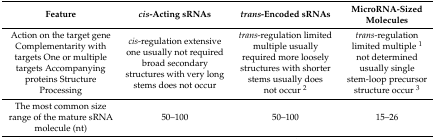
<table><thead><tr><td><b>Feature</b></td><td><b><i>cis</i>-Acting sRNAs</b></td><td><b><i>trans</i>-Encoded sRNAs</b></td><td><b>MicroRNA-Sized Molecules</b></td></tr></thead><tbody><tr><td>Action on the target gene Complementarity with targets One or multiple targets Accompanying proteins Structure Processing</td><td><i>cis</i>-regulation extensive one usually not required broad secondary structures with very long stems does not occur</td><td><i>trans</i>-regulation limited multiple usually required more loosely structures with shorter stems usually does not occur <sup>2</sup></td><td><i>trans</i>-regulation limited multiple <sup>1</sup> not determined usually single stem-loop precursor structure occur <sup>3</sup></td></tr><tr><td>The most common size range of the mature sRNA molecule (nt)</td><td>50–100</td><td>50–100</td><td>15–26</td></tr></tbody></table>